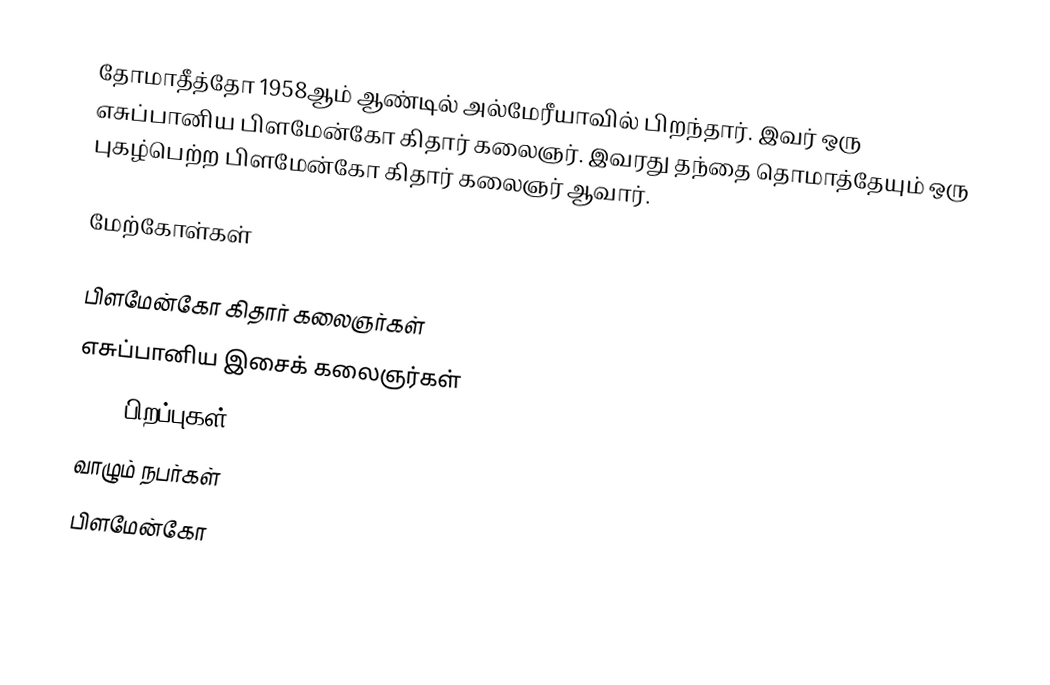
தோமாதீத்தோ 1958ஆம் ஆண்டில் அல்மேரீயாவில் பிறந்தார். இவர் ஒரு எசுப்பானிய பிளமேன்கோ கிதார் கலைஞர். இவரது தந்தை தொமாத்தேயும் ஒரு புகழ்பெற்ற பிளமேன்கோ கிதார் கலைஞர் ஆவார்.

மேற்கோள்கள்

பிளமேன்கோ கிதார் கலைஞர்கள்
எசுப்பானிய இசைக் கலைஞர்கள்
1958 பிறப்புகள்
வாழும் நபர்கள்
பிளமேன்கோ